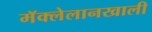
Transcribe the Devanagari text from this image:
मॅक्लेलानखाली